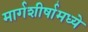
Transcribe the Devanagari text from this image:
मार्गशीर्षामध्ये